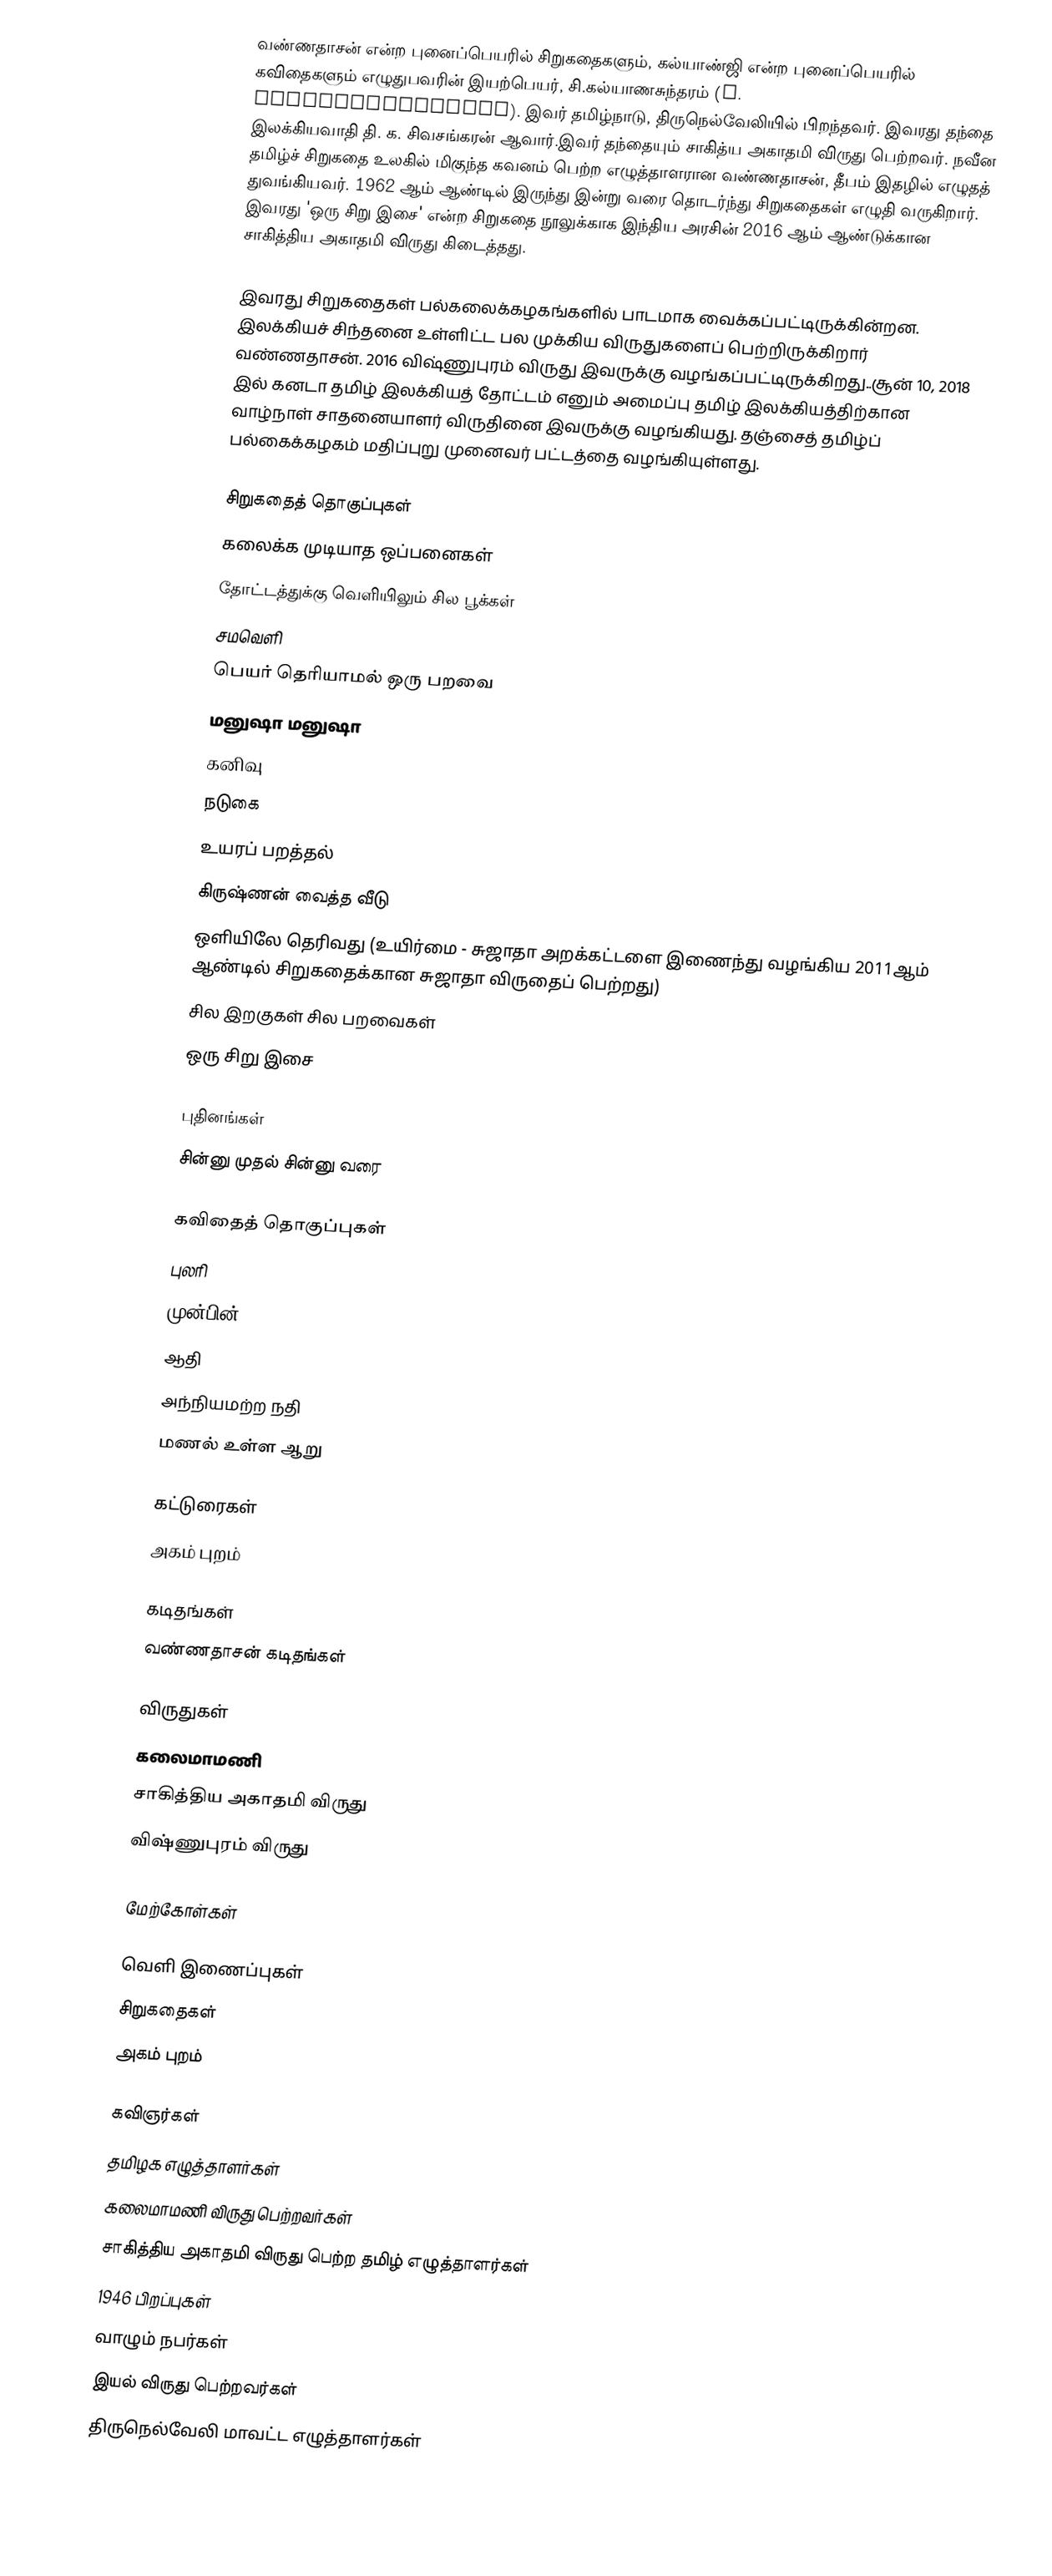
வண்ணதாசன் என்ற புனைப்பெயரில் சிறுகதைகளும், கல்யாண்ஜி என்ற புனைப்பெயரில் கவிதைகளும் எழுதுபவரின் இயற்பெயர், சி.கல்யாணசுந்தரம் (S. Kalayanasundaram). இவர் தமிழ்நாடு, திருநெல்வேலியில் பிறந்தவர். இவரது தந்தை இலக்கியவாதி தி. க. சிவசங்கரன் ஆவார்.இவர் தந்தையும் சாகித்ய அகாதமி விருது பெற்றவர். நவீன தமிழ்ச் சிறுகதை உலகில் மிகுந்த கவனம் பெற்ற எழுத்தாளரான வண்ணதாசன், தீபம் இதழில் எழுதத் துவங்கியவர். 1962 ஆம் ஆண்டில் இருந்து இன்று வரை தொடர்ந்து சிறுகதைகள் எழுதி வருகிறார். இவரது 'ஒரு சிறு இசை' என்ற சிறுகதை நூலுக்காக இந்திய அரசின் 2016 ஆம் ஆண்டுக்கான சாகித்திய அகாதமி விருது கிடைத்தது.

இவரது சிறுகதைகள் பல்கலைக்கழகங்களில் பாடமாக வைக்கப்பட்டிருக்கின்றன. இலக்கியச் சிந்தனை உள்ளிட்ட பல முக்கிய விருதுகளைப் பெற்றிருக்கிறார் வண்ணதாசன். 2016 விஷ்ணுபுரம் விருது இவருக்கு வழங்கப்பட்டிருக்கிறது..சூன் 10, 2018 இல் கனடா தமிழ் இலக்கியத் தோட்டம் எனும் அமைப்பு தமிழ் இலக்கியத்திற்கான வாழ்நாள் சாதனையாளர் விருதினை இவருக்கு வழங்கியது. தஞ்சைத் தமிழ்ப் பல்கைக்கழகம்  மதிப்புறு முனைவர் பட்டத்தை வழங்கியுள்ளது.

சிறுகதைத் தொகுப்புகள்
 கலைக்க முடியாத ஒப்பனைகள்
 தோட்டத்துக்கு வெளியிலும் சில பூக்கள்
 சமவெளி
 பெயர் தெரியாமல் ஒரு பறவை
 மனுஷா மனுஷா
 கனிவு
 நடுகை
 உயரப் பறத்தல்
 கிருஷ்ணன் வைத்த வீடு
 ஒளியிலே தெரிவது  (உயிர்மை - சுஜாதா அறக்கட்டளை இணைந்து வழங்கிய 2011ஆம் ஆண்டில் சிறுகதைக்கான சுஜாதா விருதைப் பெற்றது)
 சில இறகுகள் சில பறவைகள்
 ஒரு சிறு இசை

புதினங்கள்
 சின்னு முதல் சின்னு வரை

கவிதைத் தொகுப்புகள்
 புலரி
 முன்பின்
 ஆதி
 அந்நியமற்ற நதி
 மணல் உள்ள ஆறு

கட்டுரைகள்
 அகம் புறம்

கடிதங்கள்
 வண்ணதாசன் கடிதங்கள்

விருதுகள்
 கலைமாமணி
 சாகித்திய அகாதமி விருது
 விஷ்ணுபுரம் விருது

மேற்கோள்கள்

வெளி இணைப்புகள்
 சிறுகதைகள்
 அகம் புறம்

கவிஞர்கள்
தமிழக எழுத்தாளர்கள்
கலைமாமணி விருது பெற்றவர்கள்
சாகித்திய அகாதமி விருது பெற்ற தமிழ் எழுத்தாளர்கள்
1946 பிறப்புகள்
வாழும் நபர்கள்
இயல் விருது பெற்றவர்கள்
திருநெல்வேலி மாவட்ட எழுத்தாளர்கள்